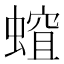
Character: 𧏏